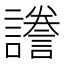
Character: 𧬸